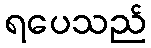
ရပေသည်